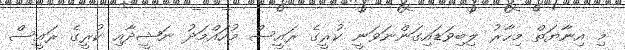
މި އިނާޔަތް މިހާރު ލިބިވަޑައިގަންނަވަނީ ކުރީގެ ރައީސް މުހައްމަދު ނަޝީދާއި ކުރީގެ ރައީސް